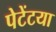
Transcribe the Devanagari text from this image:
पेटेंटया